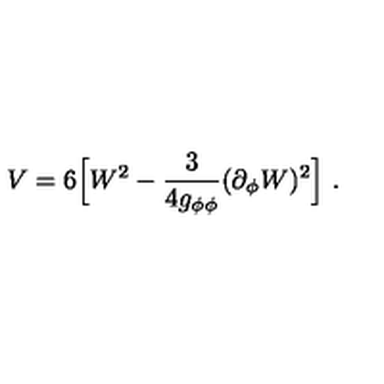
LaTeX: V = 6 \Big [ W ^ { 2 } - { \frac { 3 } { 4 g _ { \phi \phi } } } ( \partial _ { \phi } W ) ^ { 2 } \Big ] \ .